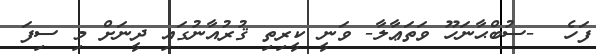
ފަހެ  -ސުބްޙާނަހޫ ވަތަޢާލާ- ވަނީ ކީރިތި ޤުރުއާނުގައި ދީނަށް މި ސިފަ